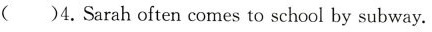
( )4.Sarahoften comes to school by subway.